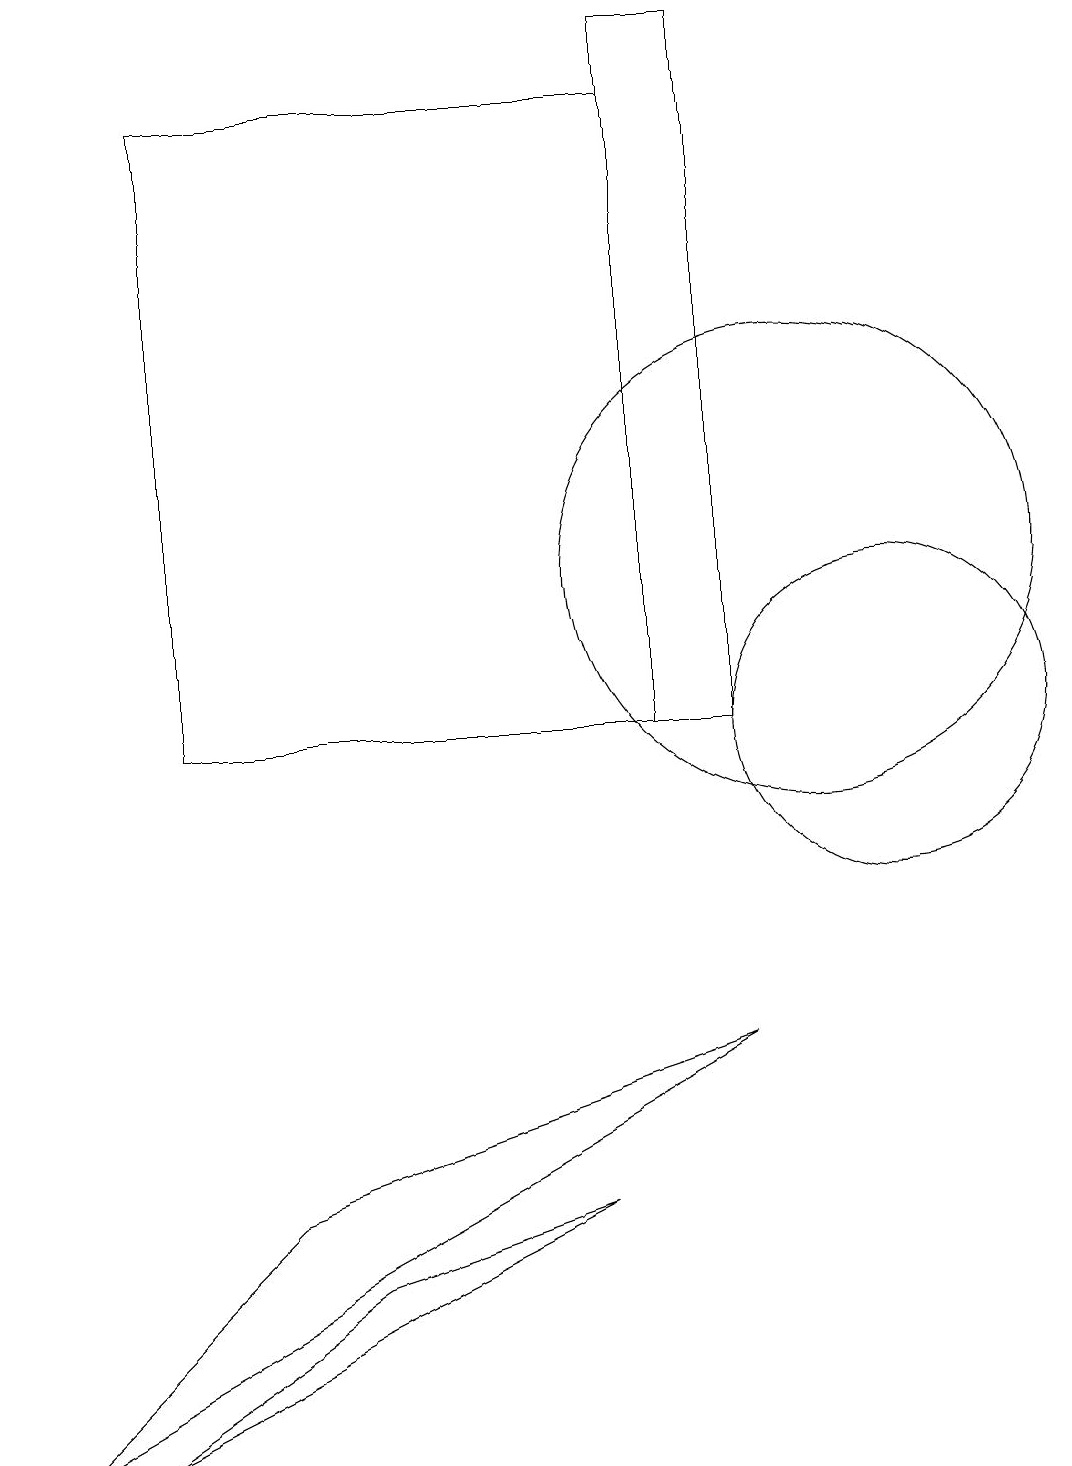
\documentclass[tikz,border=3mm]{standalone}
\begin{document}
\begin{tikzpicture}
\draw (2,18) rectangle (8,10);
\draw (11,10) circle (2);
\draw (8,19) rectangle (9,10);
\draw (10,12) circle (3);
\draw (7,4) -- (1,1) -- (4,3) -- cycle;
\draw (9,6) -- (3,4) -- (0,1) -- cycle;
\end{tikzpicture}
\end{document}